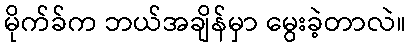
မိုက်ခ်က ဘယ်အချိန်မှာ မွေးခဲ့တာလဲ။